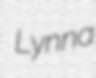
Lynna